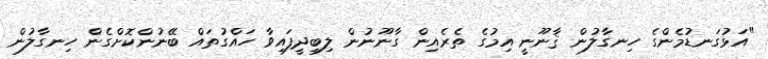
"އަޅުގަނޑުމެންގެ ހިނގާލުން ޤާނޫނީ އިމުގެ ތެރެއިން ގާނޫނުން ލިބިދީފައިވާ ހައްގުތައް ބޭނުންކޮށްގެން ހިނގާލުން